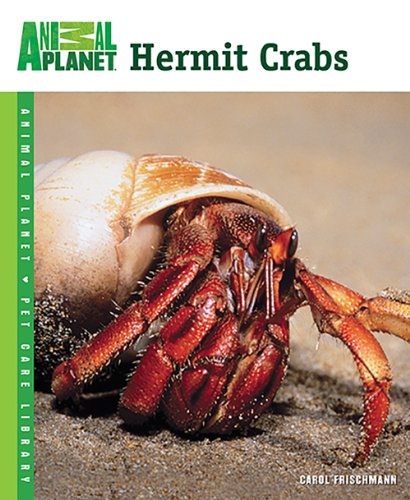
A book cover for Hermit Crabs (Animal Planet Pet Care Library); Carol Frischmann; Crafts, Hobbies & Home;